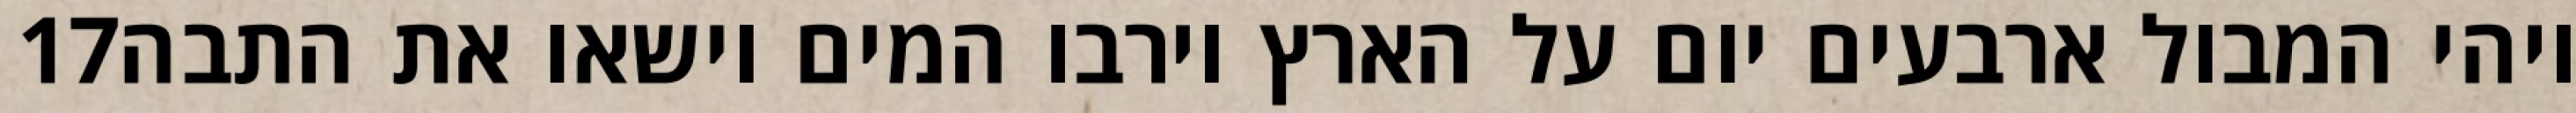
‎17‏ ויהי המבול ארבעים יום על הארץ וירבו המים וישאו את התבה